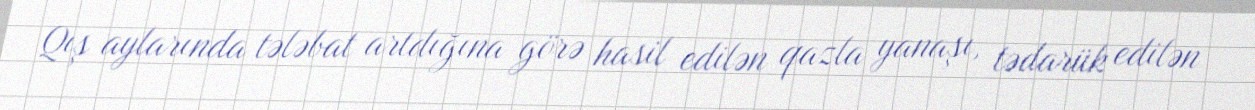
Qış aylarında tələbat artdığına görə hasil edilən qazla yanaşı, tədarük edilən